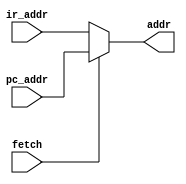
`timescale 1ns / 1ps
//////////////////////////////////////////////////////////////////////////////////
// Company: 
// Engineer: 
// 
// Design Name: 
// Module Name: address_multiplexer
// Project Name: 
// Target Devices: 
// Tool Versions: 
// Description: 
// 
// Dependencies: 
// 
// Revision:
// Revision 0.01 - File Created
// Additional Comments:
// 
//////////////////////////////////////////////////////////////////////////////////


module address_multiplexer(
    input fetch,
    input [12:0] ir_addr,
    input [12:0] pc_addr,
    output [12:0] addr
    );

    assign addr = fetch ? pc_addr:ir_addr;

endmodule